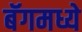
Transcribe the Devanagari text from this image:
बॅगमध्ये